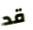
قد